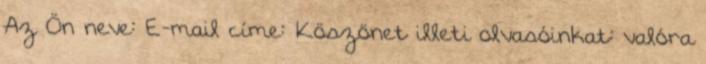
Az Ön neve: E-mail címe: Köszönet illeti olvasóinkat: valóra